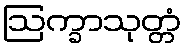
ဩက္ခာသုတ္တံ